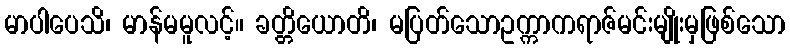
မာပါပေသိ၊ မာန်မမူလင့်။ ခတ္တိယောတိ၊ မပြတ်သောဥက္ကာကရာဇ်မင်းမျိုးမှဖြစ်သော